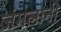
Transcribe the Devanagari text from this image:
जंगलानी